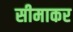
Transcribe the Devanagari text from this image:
सीमाकर